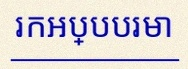
រកអប្បបរមា